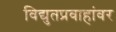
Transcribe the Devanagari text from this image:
विद्युतप्रवाहांवर